Sanitation, dispensaries and jails vaccination Rajputana 1922-1927 - 1922-1927
Year: 1922
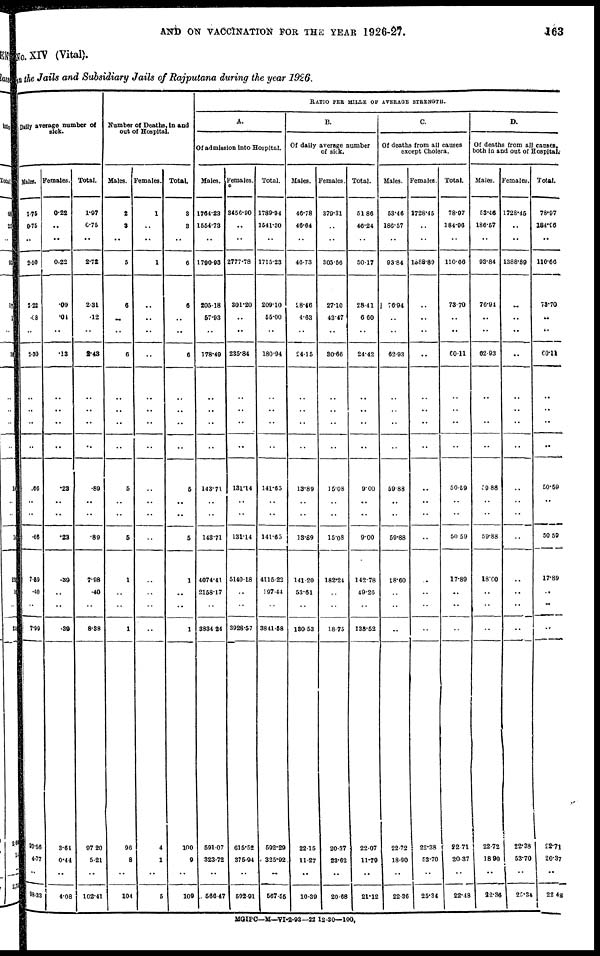
AND ON VACCINATION FOR THE YEAR 1926-27.
163
No. XIV (Vital).
in the Jails and Subsidiary Jails of Rajputana during the year 1926.
Daily average number of
sick.
Males.
1.75
0.75
..
2.50
222
.08
..
2.30
..
..
..
.66
..
..
.66
7.59
.40
..
7.99
93.56
4.77
..
98.33
Females.
0.22
..
..
0.22
.09
.04
..
.13
..
..
..
.23
..
..
.23
.39
..
..
.39
3.64
0.44
..
4.08
Total.
1.97
6.75
..
2.72
2.31
.12
..
2.43
..
..
..
.89
..
..
.89
7.98
.40
..
8.38
97.20
5.21
..
102.41
Number of Deaths, in and
out of Hospital.
Males.
2
3
..
5
6
..
..
6
..
..
..
6
..
..
5
1
..
..
1
96
8
..
104
Females.
1
..
..
1
..
..
..
..
..
..
..
..
..
..
..
..
..
..
..
4
1
..
5
Total.
3
3
..
6
6
..
..
6
..
..
..
6
..
..
5
1
..
..
1
100
9
..
109
RATIO PER MILLE OF AVERAGE STRENGTH.
A.
Of admission into Hospital.
Males.
1764.23
1554.73
..
1790.93
205.18
57.93
..
178.49
..
..
..
143.71
..
..
143.71
4074.41
2158.17
..
3834.24
591.07
323.72
..
566.47
Females.
3456.90
..
..
2777.78
301.20
..
..
235.84
..
..
..
131.14
..
..
13114
5140.18
..
..
3928.57
615.52
375.94
..
592.91
Total.
1789.94
1541.30
..
1715.23
209.10
55.00
..
180.94
..
..
..
141.65
..
..
141.65
4115.22
197.44
..
3841.58
592.29
325.92
..
567.55
B.
Of daily average number
of sick.
Males.
46.78
46.64
..
46.73
28.46
4.63
..
24.15
..
..
..
13.89
..
..
13.89
141.20
53.61
..
130.53
22.15
11.27
..
10.39
Females.
379.31
..
..
305.56
27.10
43.47
..
30.66
..
..
..
16.08
..
..
15.08
182.24
..
..
18.75
20.37
23.62
..
20.68
Total.
51.86
46.24
..
50.17
28.41
6.60
..
24.42
..
..
..
9.00
..
..
9.00
142.78
49.26
..
135.52
22.07
11.79
..
21.12
C.
Of deaths from all causes
except Cholera.
Males.
53.46
186.57
..
93.84
76.94
..
..
62.93
..
..
..
59.88
..
..
59.88
18.60
..
..
..
22.72
18.90
..
22.36
Females.
1728.45
..
..
1588.80
..
..
..
..
..
..
..
..
..
..
..
..
..
..
..
22.38
53.70
..
25.34
Total.
78.97
184.96
..
110.66
73.70
..
..
60.11
..
..
..
50.59
..
..
50.59
17.89
..
..
..
22.71
20.37
..
22.48
D.
Of deaths from all causes,
both in and out of Hospital.
Males.
53.46
186.57
..
93.84
76.91
..
..
62.93
..
..
..
59.88
..
..
59.88
18.00
..
..
..
22.72
18.90
..
22.36
Females.
1728.45
..
..
1388.89
..
..
..
..
..
..
..
..
..
..
..
..
..
..
..
22.38
53.70
..
25.34
Total.
78.97
184.96
..
110.66
73.70
..
..
60.11
..
..
..
50.59
..
..
50.59
17.89
..
..
..
22.71
20.37
..
22.43
MGIPC—M—VI-2-93—22 12-30—100.